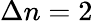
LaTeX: \Delta n=2